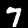
Label: 7